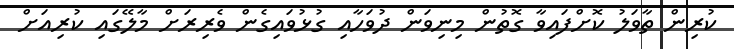
ކުރިން ތާވަލު ކޮށްފައިވާ ގޮތުން މިނިވަން ދުވަހާއި ގުޅުވައިގެން ވެރިރަށް މާލޭގައި ކުރިއަށް